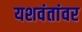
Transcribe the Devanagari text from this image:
यशवंतांवर